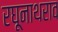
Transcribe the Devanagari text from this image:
रघूनाथराव